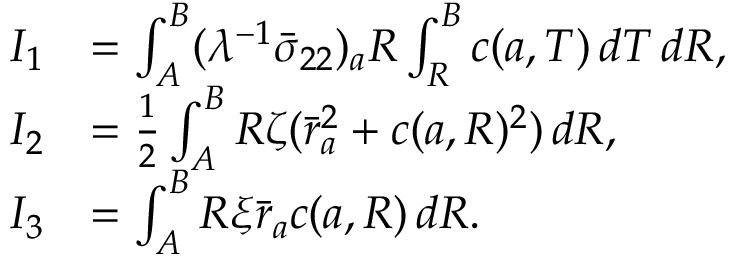
\begin{array} { r l } { I _ { 1 } } & { = \int _ { A } ^ { B } ( \lambda ^ { - 1 } \bar { \sigma } _ { 2 2 } ) _ { a } R \int _ { R } ^ { B } c ( { a } , T ) \, d T \, d R , } \\ { I _ { 2 } } & { = \frac { 1 } { 2 } \int _ { A } ^ { B } R \zeta ( \bar { r } _ { a } ^ { 2 } + c ( { a } , R ) ^ { 2 } ) \, d R , } \\ { I _ { 3 } } & { = \int _ { A } ^ { B } R \xi \bar { r } _ { a } c ( { a } , R ) \, d R . } \end{array}